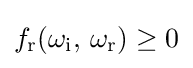
f_{\text{r}}(\omega _{\text{i}},\,\omega _{\text{r}})\geq 0